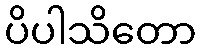
ပိပါသိတော